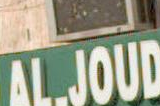
ALJOUD